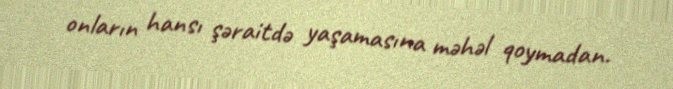
onların hansı şəraitdə yaşamasına məhəl qoymadan.